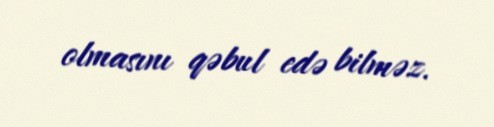
olmasını qəbul edə bilməz.